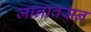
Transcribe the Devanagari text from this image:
जानावसन